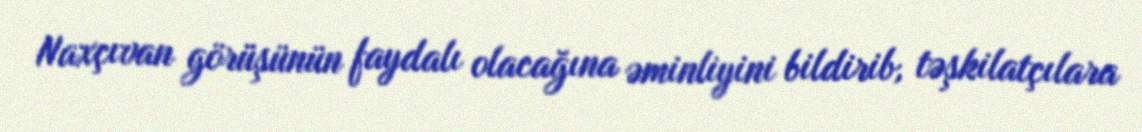
Naxçıvan görüşünün faydalı olacağına əminliyini bildirib, təşkilatçılara